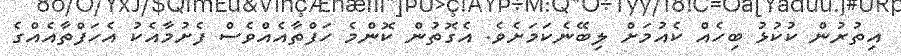
އިތުރުން ކުކުޅު ބިހެއް ކެއުމަށް ލިބޭނެކަމަށެވެ. އެގޮތުން ކޮންމެ ހަފްތާއެއްވެސް ފެށުމާއެކު އެހަފްތާއެއްގެ